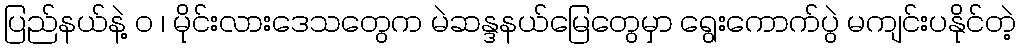
ပြည်နယ်နဲ့ ဝ ၊ မိုင်းလားဒေသတွေက မဲဆန္ဒနယ်မြေတွေမှာ ရွေးကောက်ပွဲ မကျင်းပနိုင်တဲ့